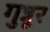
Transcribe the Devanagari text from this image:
गुन्नूर